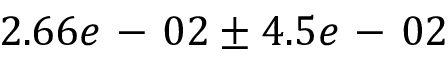
2 . 6 6 e \mathrm { ~ - ~ } 0 2 \pm 4 . 5 e \mathrm { ~ - ~ } 0 2